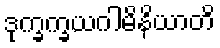
ဒုက္ခက္ခယဂါမိနိယာတိ